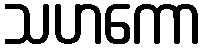
သဟကော